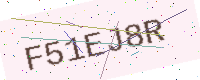
Text: F51EJ8R